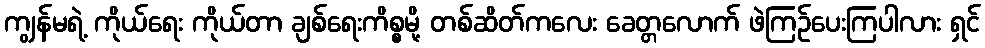
ကျွန်မရဲ့ ကိုယ်ရေး ကိုယ်တာ ချစ်ရေးကိစ္စမို့ တစ်ဆိတ်ကလေး ခေတ္တလောက် ဖဲကြဉ်ပေးကြပါလား ရှင်